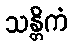
သန္တိကံ